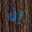
إن